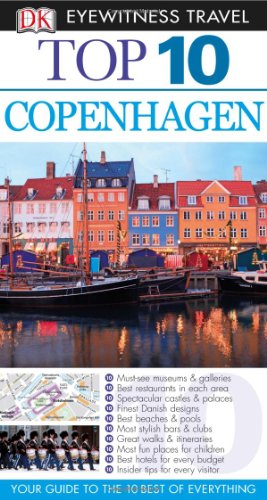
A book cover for Top 10 Copenhagen (EYEWITNESS TOP 10 TRAVEL GUIDE); Antonia Cunningham; Travel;